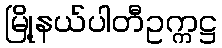
မြို့နယ်ပါတီဥက္ကဋ္ဌ